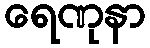
ရေဏုနာ